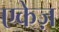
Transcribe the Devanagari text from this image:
एकेज़